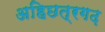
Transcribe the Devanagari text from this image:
अहिछत्रगढ़